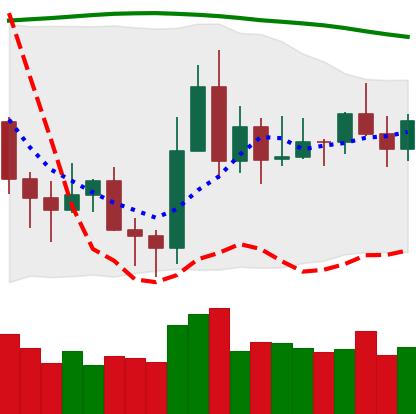
Ticker: XLM-USD
Chart end date: 2020-11-16
Forward return: 32.369%
Label: up_7plus